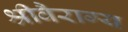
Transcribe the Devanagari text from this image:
श्रीवैराग्य